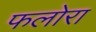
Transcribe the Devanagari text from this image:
फलोरा